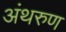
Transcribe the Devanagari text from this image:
अंथरुण